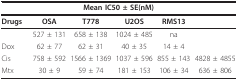
<table><thead><tr><td colspan="6"><b>Mean IC50 ± SE(nM)</b></td></tr></thead><tbody><tr><td><b>Drugs</b></td><td><b>OSA</b></td><td><b>T778</b></td><td><b>U2OS</b></td><td><b>RMS13</b></td><td>[EMPTY_CELL]</td></tr><tr><td>[EMPTY_CELL]</td><td>527 ± 131</td><td>658 ± 138</td><td>1024 ± 485</td><td>na</td><td>[EMPTY_CELL]</td></tr><tr><td>Dox</td><td>62 ± 77</td><td>62 ± 31</td><td>40 ± 35</td><td>14 ± 4</td><td>[EMPTY_CELL]</td></tr><tr><td>Cis</td><td>758 ± 592</td><td>1566 ± 1369</td><td>1037 ± 596</td><td>855 ± 143</td><td>4828 ± 4855</td></tr><tr><td>Mtx</td><td>30 ± 9</td><td>59 ± 74</td><td>181 ± 153</td><td>106 ± 34</td><td>636 ± 806</td></tr></tbody></table>